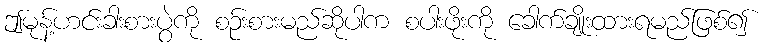
ဤမုန့်ဟင်းခါးစားပွဲကို စဉ်းစားမည်ဆိုပါက စပါးဖိုးကို ခေါက်ချိုးထားရမည်ဖြစ်၍